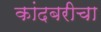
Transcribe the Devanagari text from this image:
कांदबरीचा